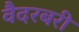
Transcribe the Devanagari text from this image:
वैदरबरी